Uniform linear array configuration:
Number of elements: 32
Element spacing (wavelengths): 0.5
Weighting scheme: binomial
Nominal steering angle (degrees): -30
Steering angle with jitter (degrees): -30.441
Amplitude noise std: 0.05
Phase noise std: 0.05

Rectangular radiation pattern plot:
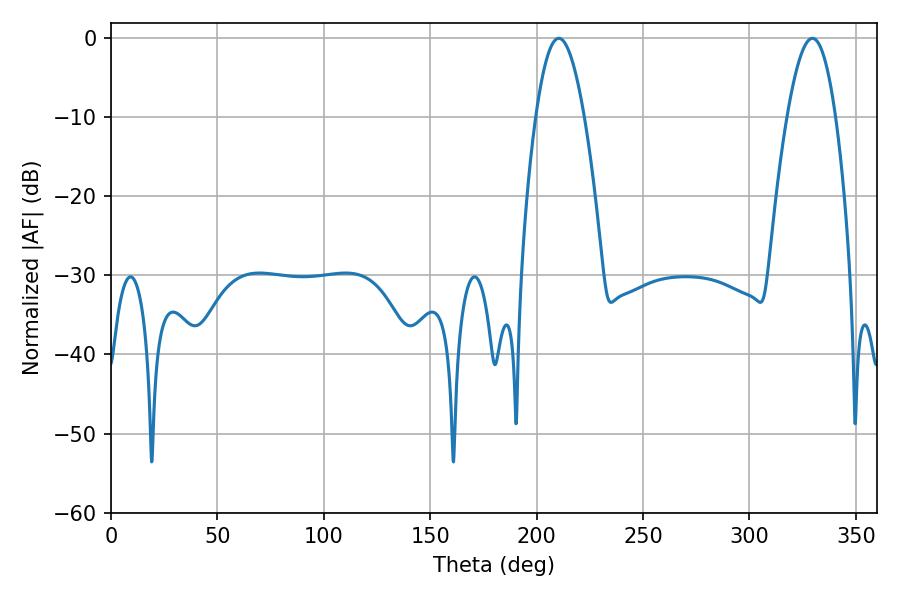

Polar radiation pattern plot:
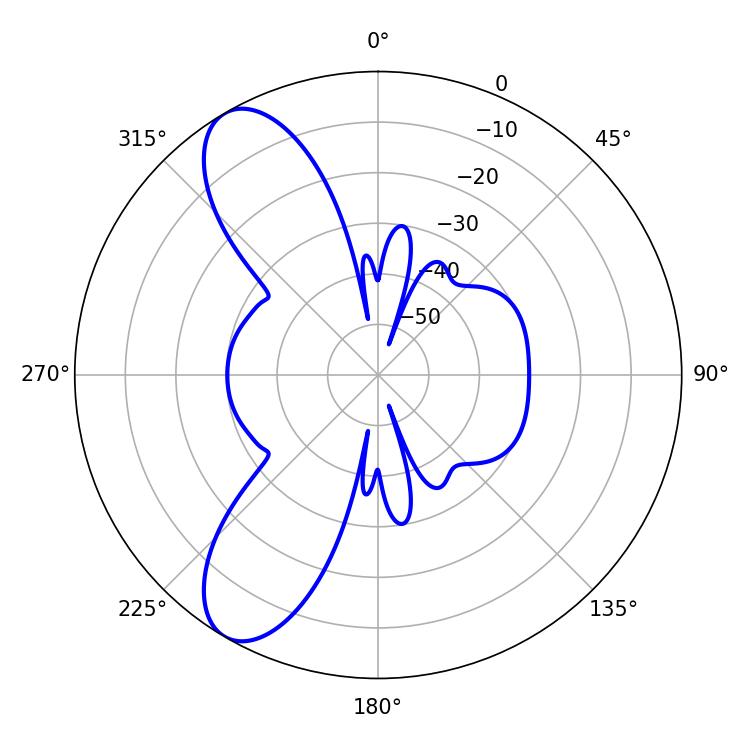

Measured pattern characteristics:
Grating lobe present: FALSE
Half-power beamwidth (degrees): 12.42
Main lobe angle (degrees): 210.42